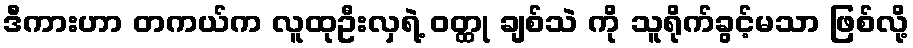
ဒီကားဟာ တကယ်က လူထုဦးလှရဲ့ ဝတ္ထု ချစ်သဲ ကို သူရိုက်ခွင့်မသာ ဖြစ်လို့